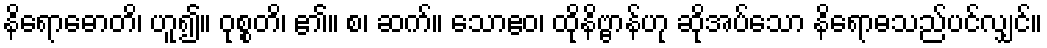
နိရောဓောတိ၊ ဟူ၍။ ဝုစ္စတိ၊ ၏။ စ၊ ဆက်။ သောဧဝ၊ ထိုနိဗ္ဗာန်ဟု ဆိုအပ်သော နိရောဓသည်ပင်လျှင်။